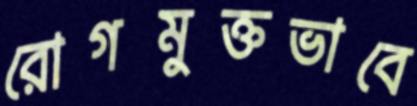
রোগমুক্তভাবে